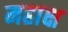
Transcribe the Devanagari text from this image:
महाक्ष